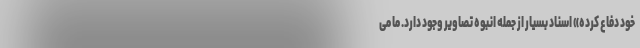
خود دفاع کرده» اسناد بسیار از جمله انبوه تصاویر وجود دارد. ما می‌